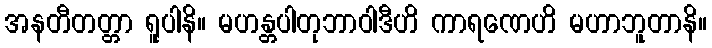
အနတီတတ္တာ ရူပါနိ။ မဟန္တပါတုဘာဝါဒီဟိ ကာရဏေဟိ မဟာဘူတာနိ။